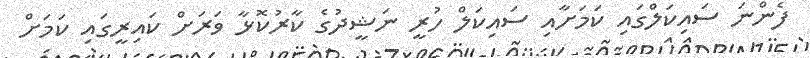
ފެންނަ ސައިކަލްގައި ކަމަށާއި ސައިކަލް ހުރީ ނަޝީދުގެ ކާރުކޮޅާ ވަރަށް ކައިރީގައި ކަމަށް